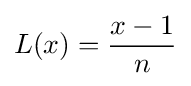
L(x)={\frac {x-1}{n}}